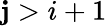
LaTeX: \mathbf{j}>i+1